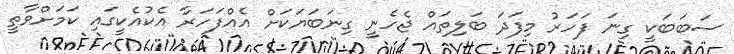
ސަބަބަކީ ގިނަ ފަހަރު މިފަދަ ބަލިތައް ޖެހެނީ ގިނަބަޔަކަށް އެއްފަހަރާ އެކުއެކީގައި ކަމަށްވާތީ